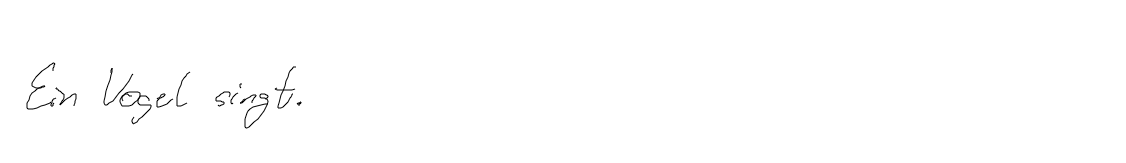
Ein Vogel singt.